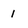
Character: 1